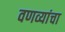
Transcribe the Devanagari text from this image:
वणव्यांचा